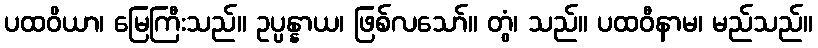
ပထဝိယာ၊ မြေကြီးသည်။ ဥပ္ပန္နာယ၊ ဖြစ်လသော်။ တွံ၊ သည်။ ပထဝီနာမ၊ မည်သည်။